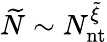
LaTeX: \widetilde{N}\sim N_{\mathrm{nt}}^{\widetilde{\xi}}